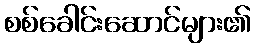
စစ်ခေါင်းဆောင်များ၏